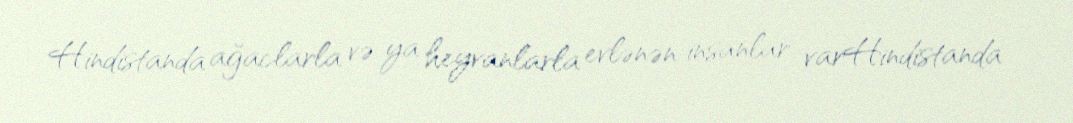
Hindistanda ağaclarla və ya heyvanlarla evlənən insanlar varHindistanda